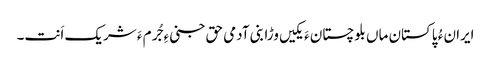
ایران ءُ پاکستان ماں بلوچستان ءَ یکیں وڑا بنی آدمی حق جنی ءِ جُرم ءَ شریک اَنت۔